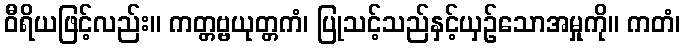
ဝီရိယဖြင့်လည်း။ ကတ္တဗ္ဗယုတ္တကံ၊ ပြုသင့်သည်နှင့်ယှဉ်သောအမှုကို။ ကတံ၊